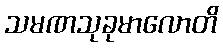
သမဏသုခုမာလောတိ